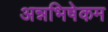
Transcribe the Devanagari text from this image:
अन्नभिषेकम